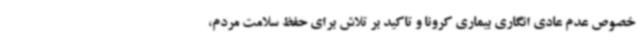
خصوص عدم عادی انگاری بیماری کرونا و تاکید بر تلاش برای حفظ سلامت مردم،